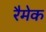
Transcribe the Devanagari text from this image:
रैमेक